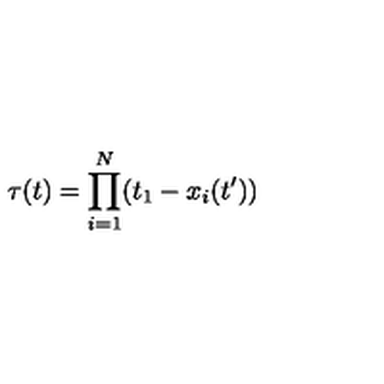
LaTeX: \tau ( t ) = \prod _ { i = 1 } ^ { N } ( t _ { 1 } - x _ { i } ( t ^ { \prime } ) )